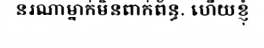
នរណាម្នាក់មិនពាក់ព័ន្ធ. ហើយខ្ញុំ